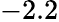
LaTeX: -2.2